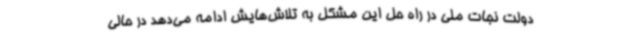
دولت نجات ملی در راه حل این مشکل به تلاش‌هایش ادامه می‌دهد در حالی